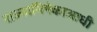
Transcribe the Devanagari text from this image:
राज्याभिषेकाआधी